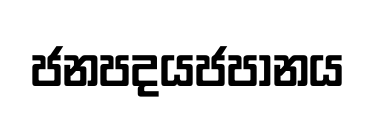
ජනපදයජපානය